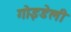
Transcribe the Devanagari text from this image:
गोइडेली